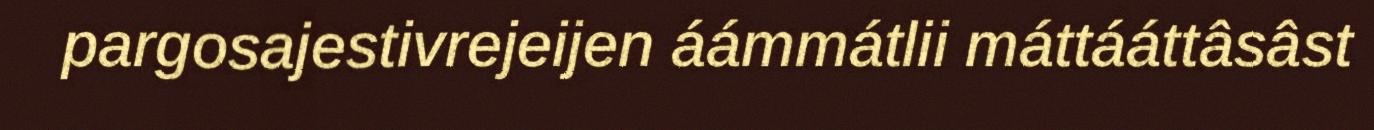
pargosajestivrejeijen áámmátlii máttááttâsâst